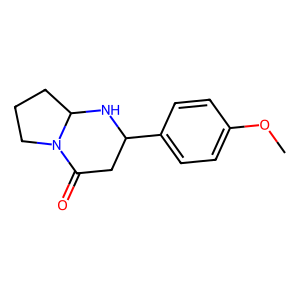
SMILES: COc1ccc(C2CC(=O)N3CCCC3N2)cc1
Inhibits HIV replication: No